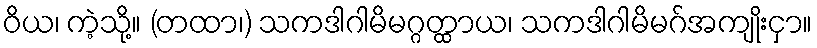
ဝိယ၊ ကဲ့သို့။ (တထာ၊) သကဒါဂါမိမဂ္ဂတ္ထာယ၊ သကဒါဂါမိမဂ်အကျိုးငှာ။